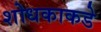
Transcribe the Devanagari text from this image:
शोधकाकडे